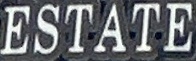
ESTATE